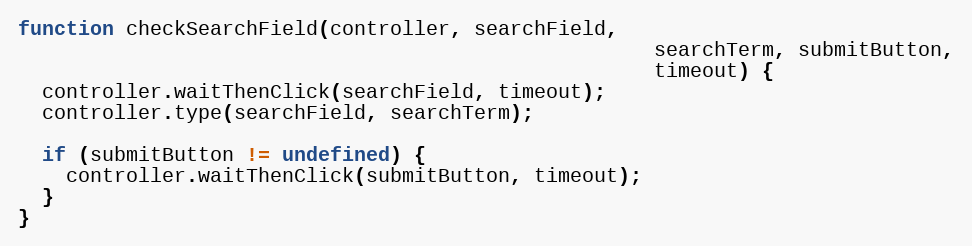
Language: JavaScript
function checkSearchField(controller, searchField,
                                                     searchTerm, submitButton,
                                                     timeout) {
  controller.waitThenClick(searchField, timeout);
  controller.type(searchField, searchTerm);

  if (submitButton != undefined) {
    controller.waitThenClick(submitButton, timeout);
  }
}